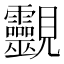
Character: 䚖